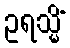
ဥရသ္မိံ